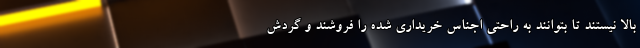
بالا نیستند تا بتوانند به راحتی اجناس خریداری شده را فروشند و گردش